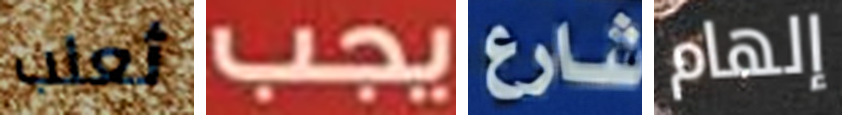
ثعلب يجب شارع إلهام